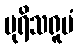
ပုရိသရူပံ